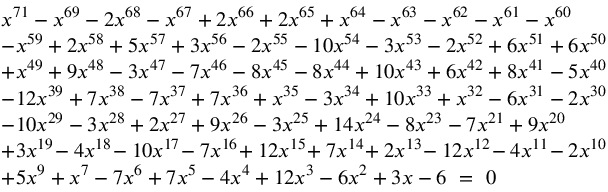
{ \begin{array} { l } { x ^ { 7 1 } - x ^ { 6 9 } - 2 x ^ { 6 8 } - x ^ { 6 7 } + 2 x ^ { 6 6 } + 2 x ^ { 6 5 } + x ^ { 6 4 } - x ^ { 6 3 } - x ^ { 6 2 } - x ^ { 6 1 } - x ^ { 6 0 } } \\ { - x ^ { 5 9 } + 2 x ^ { 5 8 } + 5 x ^ { 5 7 } + 3 x ^ { 5 6 } - 2 x ^ { 5 5 } - 1 0 x ^ { 5 4 } - 3 x ^ { 5 3 } - 2 x ^ { 5 2 } + 6 x ^ { 5 1 } + 6 x ^ { 5 0 } } \\ { + x ^ { 4 9 } + 9 x ^ { 4 8 } - 3 x ^ { 4 7 } - 7 x ^ { 4 6 } - 8 x ^ { 4 5 } - 8 x ^ { 4 4 } + 1 0 x ^ { 4 3 } + 6 x ^ { 4 2 } + 8 x ^ { 4 1 } - 5 x ^ { 4 0 } } \\ { - 1 2 x ^ { 3 9 } + 7 x ^ { 3 8 } - 7 x ^ { 3 7 } + 7 x ^ { 3 6 } + x ^ { 3 5 } - 3 x ^ { 3 4 } + 1 0 x ^ { 3 3 } + x ^ { 3 2 } - 6 x ^ { 3 1 } - 2 x ^ { 3 0 } } \\ { - 1 0 x ^ { 2 9 } - 3 x ^ { 2 8 } + 2 x ^ { 2 7 } + 9 x ^ { 2 6 } - 3 x ^ { 2 5 } + 1 4 x ^ { 2 4 } - 8 x ^ { 2 3 } - 7 x ^ { 2 1 } + 9 x ^ { 2 0 } } \\ { + 3 x ^ { 1 9 } \! - 4 x ^ { 1 8 } \! - 1 0 x ^ { 1 7 } \! - 7 x ^ { 1 6 } \! + 1 2 x ^ { 1 5 } \! + 7 x ^ { 1 4 } \! + 2 x ^ { 1 3 } \! - 1 2 x ^ { 1 2 } \! - 4 x ^ { 1 1 } \! - 2 x ^ { 1 0 } } \\ { + 5 x ^ { 9 } + x ^ { 7 } - 7 x ^ { 6 } + 7 x ^ { 5 } - 4 x ^ { 4 } + 1 2 x ^ { 3 } - 6 x ^ { 2 } + 3 x - 6 \ = \ 0 \quad \quad \quad } \end{array} }